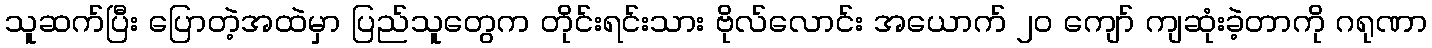
သူဆက်ပြီး ပြောတဲ့အထဲမှာ ပြည်သူတွေက တိုင်းရင်းသား ဗိုလ်လောင်း အယောက် ၂၀ ကျော် ကျဆုံးခဲ့တာကို ဂရုဏာ